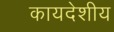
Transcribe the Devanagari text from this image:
कायदेशीय